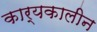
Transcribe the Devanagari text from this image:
कार्यकालीन